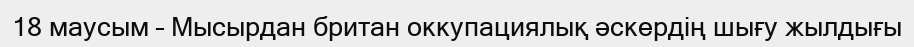
18 маусым – Мысырдан британ оккупациялық әскердің шығу жылдығы